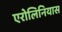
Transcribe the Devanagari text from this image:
एरोलिनियास